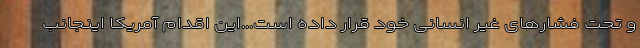
و تحت فشارهای غیر انسانی خود قرار داده است...این اقدام آمریکا اینجانب